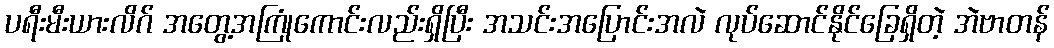
ပရီးမီးယားလိဂ် အတွေ့အကြုံကောင်းလည်းရှိပြီး အသင်းအပြောင်းအလဲ လုပ်ဆောင်နိုင်ခြေရှိတဲ့ အဲဗာတန်